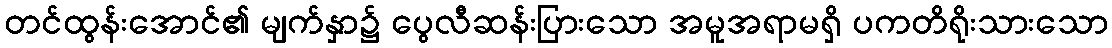
တင်ထွန်းအောင်၏ မျက်နှာ၌ ပွေလီဆန်းပြားသော အမူအရာမရှိ ပကတိရိုးသားသော